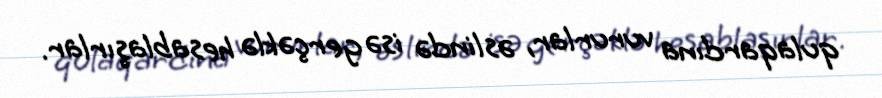
qulaqardına vururlar, əslində isə gerçəklə hesablaşırlar.